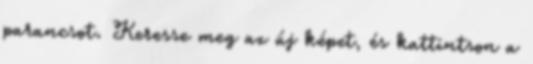
parancsot. Keresse meg az új képet, és kattintson a